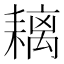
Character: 𦔓